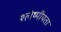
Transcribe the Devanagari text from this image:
श्लेष्मीयता